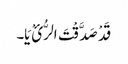
قَدْ صَدَّقْتَ الرُّ ئْ یَا۔